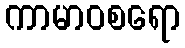
ကာမာဝစရော